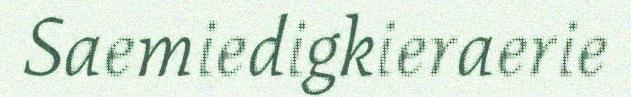
Saemiedigkieraerie